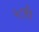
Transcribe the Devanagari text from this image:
२८वी